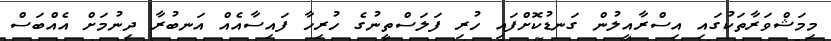
މިމަޝްވަރާތަކުގައި އިސްރާއީލުން ގަނޑުކޮށްފައި ހުރި ފަލަސްތީނުގެ ހުރިހާ ފައިސާއެއް އަނބުރާ ދިނުމަށް އެއްބަސް